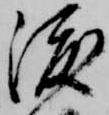
渡